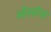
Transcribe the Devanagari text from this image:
ओरस्टेस